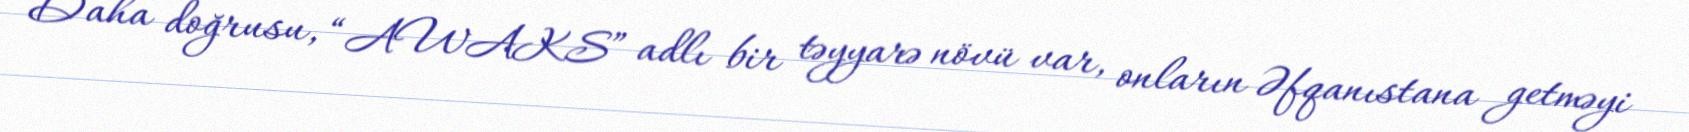
Daha doğrusu, “AWAKS” adlı bir təyyarə növü var, onların Əfqanıstana getməyi